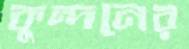
কুন্দনের